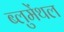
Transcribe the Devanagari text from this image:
ब्लुमेंथल